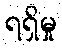
ရရှိမှု